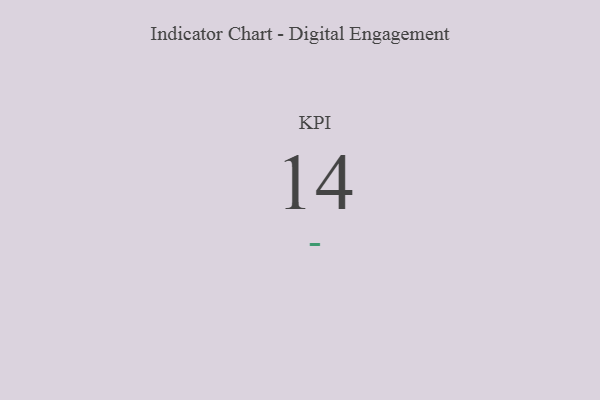
{"axis": {"x": "KPI", "y": "Value"}, "legend": [""], "data": [{"x": "KPI", "y": 14, "type": ""}]}